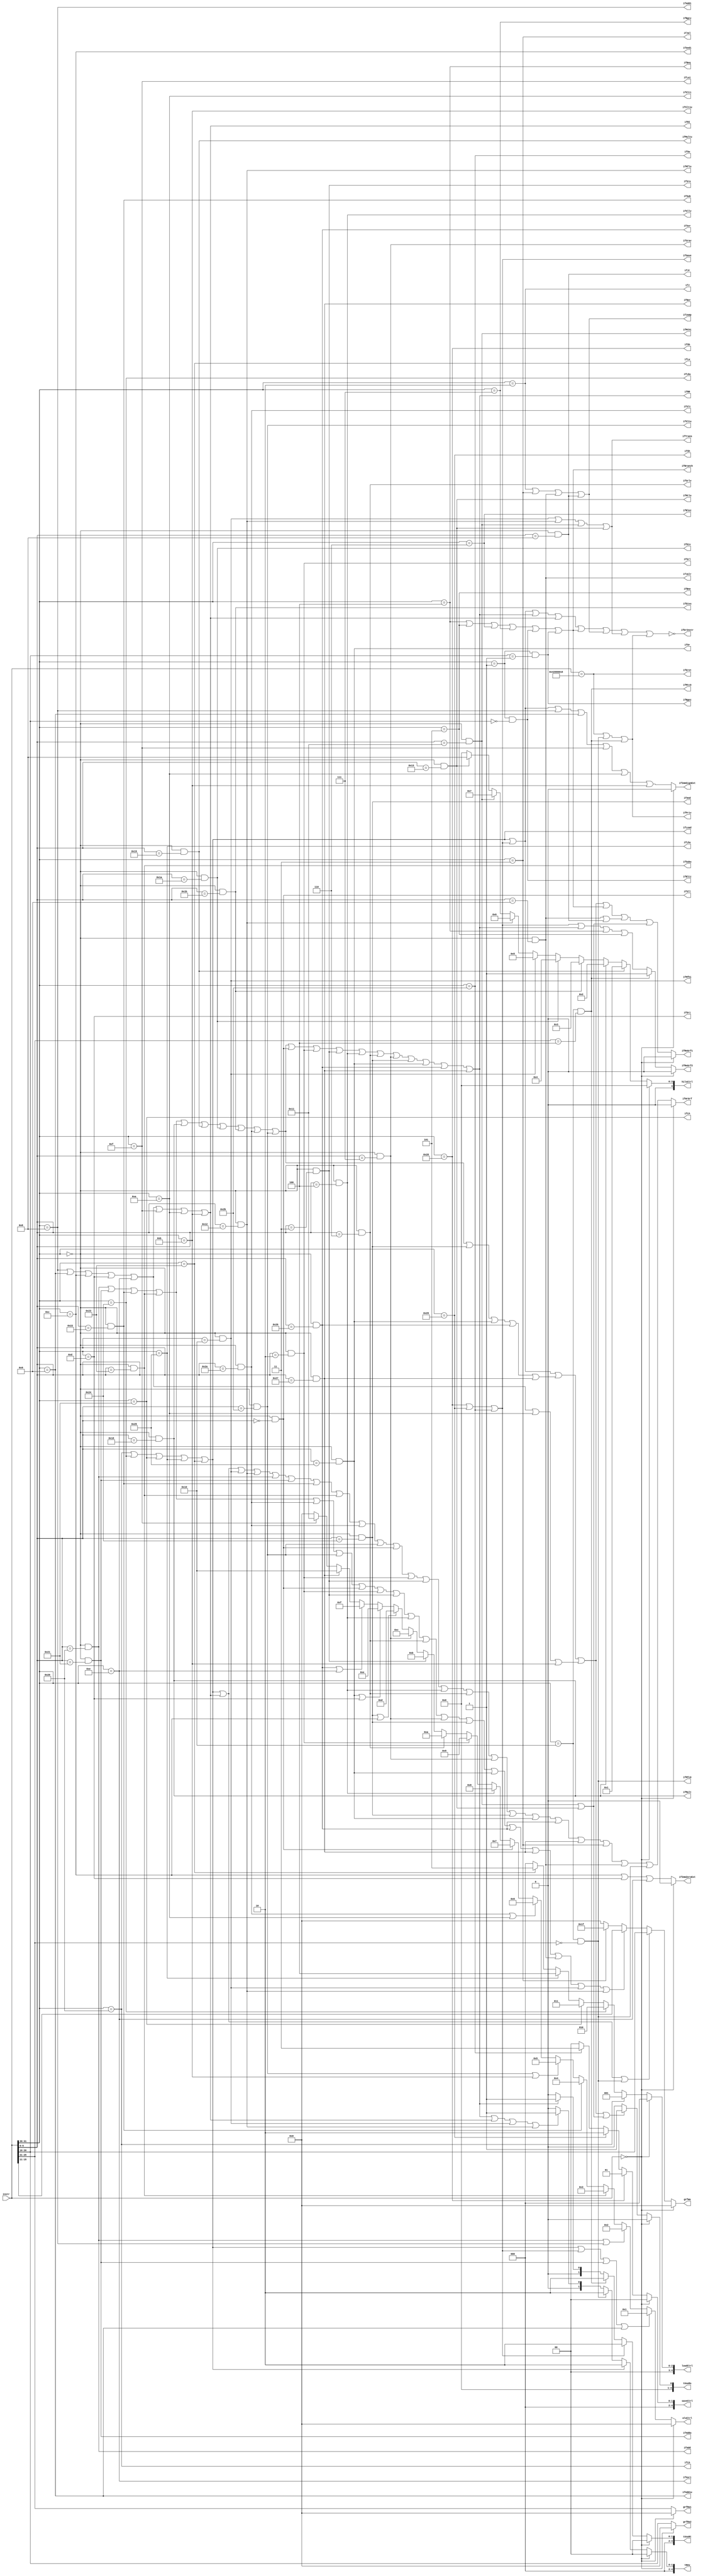
`timescale 1ns / 1ps
//////////////////////////////////////////////////////////////////////////////////
// Company: 
// Engineer: 
// 
// Design Name: 
// Module Name:    Controller 
// Project Name: 
// Target Devices: 
// Tool versions: 
// Description: 
//
// Dependencies: 
//
// Revision: 
// Revision 0.01 - File Created
// Additional Comments: 
//
//////////////////////////////////////////////////////////////////////////////////
module Controller(
	input [31:0]instr,
	
	//ctrl
	output [4:0]aluCtrl,
	output [4:0]hiloCtrl,
	output [4:0]loadCtrl,
	output [4:0]saveCtrl,
	//
	output ifErInstr,
	//output ifWrGrf,
	output ifImmZeroExt,		//for AluB & hiloB
	output ifImmSignExt,		//for AluB & hiloB
	//for grf
	output ifReGrf1,
	output ifReGrf2,
	output ifWrGrf,
	output [4:0]grfRa1,
	output [4:0]grfRa2,
	output [4:0]grfWa,
	output [4:0]tUseRs,
	output [4:0]tUseRt,
	output [4:0]tNew,			//assign once
	//classification
	output ifRR,
	output ifRI,
	output ifLoad,
	output ifSave,
	output ifBranch,
	output ifJump,
	output ifTrans,
	output ifPriv,
	//specific
	//load
	output ifLb,
	output ifLbu,
	output ifLh,
	output ifLhu,
	output ifLw,
	//save
	output ifSb,
	output ifSh,
	output ifSw,
	//RR
	output ifAdd,
	output ifAddu,
	output ifSub,
	output ifSubu,
	output ifMult,
	output ifMultu,
	output ifDiv,
	output ifDivu,
	output ifSlt,
	output ifSltu,
	output ifSll,
	output ifSrl,
	output ifSra,
	output ifSllv,
	output ifSrlv,
	output ifSrav,
	output ifAnd,
	output ifOr,
	output ifXor,
	output ifNor,
	//RI
	output ifAddi,
	output ifAddiu,
	output ifAndi,
	output ifOri,
	output ifXori,
	output ifLui,
	output ifSlti,
	output ifSltiu,
	//branch
	output ifBeq,
	output ifBne,
	output ifBlez,
	output ifBgtz,
	output ifBltz,
	output ifBgez,
	//jump
	output ifJ,
	output ifJal,
	output ifJalr,
	output ifJr,
	//trans
	output ifMfhi,
	output ifMflo,
	output ifMthi,
	output ifMtlo,
	//priv
	output ifEret,
	output ifMfc0,
	output ifMtc0
    );
	
	wire ifNop;
	wire [5:0]op;
	wire [5:0]low6;
	wire [4:0]rs;
	wire [4:0]rt;
	wire [4:0]rd;
	wire [15:0]imm;
	wire [25:0]jTo;
	assign op		= instr[31:26];
	assign low6		= instr[5:0];
	assign rs		= instr[25:21];
	assign rt		= instr[20:16];
	assign rd		= instr[15:11];
	assign imm		= instr[15:0];
	assign jTo		= instr[25:0];
	assign ifNop	= (instr == 0);
	
	assign ifErInstr	=	!(ifLoad | ifSave | ifRR | ifRI | ifBranch | ifJump | ifTrans | ifPriv);
	//for ctrl
	/*1.2.3.4.5.16.17.8.9.10.
	  11.12.13.14.15.16.17.*/
	assign aluCtrl = (ifNop)? 0:
						  (ifLoad || ifSave || ifAddu || ifAddiu)? 1:
						  (ifAdd || ifAddi)? 2:
						  (ifSubu)? 3:
						  (ifSub)? 4:
						  (ifSltu || ifSltiu)? 5: 
						  (ifSlt || ifSlti)? 6:
						  (ifSll)? 7:
						  (ifSllv)? 8:
						  (ifSrl)? 9:
						  (ifSrlv)? 10:
						  (ifSra)? 11:
						  (ifSrav)? 12:
						  (ifAnd || ifAndi)? 13:
						  (ifOr || ifOri)? 14:
						  (ifXor || ifXori)? 15:
						  (ifNor)? 16:
						  (ifLui)? 17:
						  0;
	//1.2.3.4.5.Hi6.Lo7.Hi8.Lo
	assign hiloCtrl = (ifNop)? 0:
							(ifMultu)? 1:
							(ifMult)? 2:
							(ifDivu)? 3:
							(ifDiv)? 4:
							(ifMfhi)? 5:
							(ifMflo)? 6:
							(ifMthi)? 7:
							(ifMtlo)? 8:
							0;
	
	assign loadCtrl = (ifNop)? 0:
							(ifLb)? 1:
							(ifLbu)? 2:
							(ifLh)? 3:
							(ifLhu)? 4:
							(ifLw)? 5:
							0;
							
	assign saveCtrl = (ifNop)? 0:
							(ifSb)? 1:
							(ifSh)? 2:
							(ifSw)? 3:
							0;
							
	//assign ifWrRt = (ifLoad | ifRI);
	assign ifImmZeroExt = (ifNop)? 0:
								 (ifAndi | ifOri | ifXori);	//for AluB & hiloB
	
	assign ifImmSignExt = (ifNop)? 0:
								 (ifLoad 
								 | ifSave 
								 | ifAddi | ifAddiu | ifLui | ifSlti | ifSltiu
								 );		//for AluB & hiloB, take care of lui
	//for grf
	assign ifReGrf1 = (ifNop)? 0:
							(
								(ifLoad) | 
								(ifSave) |
								(ifAdd | ifAddu | ifSub | ifSubu | ifMult | ifMultu | ifDiv | ifDivu | ifSlt | ifSltu | ifAnd | ifOr | ifXor | ifNor) |
								(ifAddi | ifAddiu | ifAndi | ifOri | ifXori | ifSlti | ifSltiu) | 
								(ifBranch) |
								(ifJalr | ifJr) | 
								(ifMthi | ifMtlo)
							);
							
	assign ifReGrf2 = (ifNop)? 0:
							(ifMtc0)? 1:
							((ifSave) | (ifRR) | (ifBeq) | (ifBne));	
	
	assign ifWrGrf = (ifNop)? 0:
						  (
							ifLoad  
							| ifRI 
							| ifMfhi | ifMflo 
							| ifAdd | ifAddu | ifSub | ifSubu | ifSlt | ifSltu | ifSll | ifSrl | ifSra | ifSllv | ifSrlv | ifSrav | ifAnd | ifOr | ifXor | ifNor
							| ifJal | ifJalr
							| ifMfc0
						  );
							
	assign grfRa1 = (ifNop)? 0:
						 instr[25:21];
						 
	assign grfRa2 = (ifNop)? 0:
						 instr[20:16];
						 
	assign grfWa = (ifNop)? 0:
						(ifLoad | ifRI | ifMfc0)? rt:
						(ifAdd | ifAddu | ifSub | ifSubu | ifSlt | ifSltu | ifSll | ifSrl | ifSra | ifSllv | ifSrlv | ifSrav | ifAnd | ifOr | ifXor | ifNor | ifJalr | ifMfhi | ifMflo)? rd:
						(ifJal)? 31:
						0;
						
	assign tUseRs = (ifNop)? 0:
						 (
						 (ifLoad | ifSave) | 
						 (ifAdd | ifAddu | ifSub | ifSubu | ifMult | ifMultu | ifDiv | ifDivu | ifSlt | ifSltu | ifAnd | ifOr | ifXor | ifNor) |
						 (ifAddi | ifAddiu | ifAndi | ifOri | ifXori | ifSlti | ifSltiu) | 
						 (ifMthi | ifMtlo)
						 )? 1:
						 0;
						 
	assign tUseRt = (ifNop)? 0:
						 (ifSave)? 2:	
						 (ifMtc0)? 2:
						 (ifRR)? 1:
						 0;	 
						 
	assign tNew = 	(ifNop)? 0:
						(ifLoad)? 2:
						(ifMfc0)? 2:
						(ifRR | ifRI | ifMfhi | ifMflo)? 1:
						0;
						
	//classification	
	assign ifLoad 		= 	(ifLb | ifLbu | ifLh | ifLhu | ifLw);
	assign ifSave 		= 	(ifSb | ifSh | ifSw);
	assign ifRR 		= 	(ifAdd | ifAddu | ifSub | ifSubu | ifMult | ifMultu | ifDiv | ifDivu | ifSlt | ifSltu | ifSll | ifSrl | ifSra | ifSllv | ifSrlv | ifSrav | ifAnd | ifOr | ifXor | ifNor);
	assign ifRI 		= 	(ifAddi | ifAddiu | ifAndi | ifOri | ifXori | ifLui | ifSlti | ifSltiu);
	assign ifBranch	= 	(ifBeq | ifBne | ifBlez | ifBgtz | ifBltz | ifBgez);
	assign ifJump 		= 	(ifJ | ifJal | ifJalr | ifJr);
	assign ifTrans 	= 	(ifMfhi | ifMflo | ifMthi | ifMtlo);
	assign ifPriv		=	(ifEret | ifMfc0 | ifMtc0);
	
	//specific
	//load
	assign ifLb 	=  (op == 6'b100000);
	assign ifLbu 	= 	(op == 6'b100100);
	assign ifLh 	= 	(op == 6'b100001);
	assign ifLhu 	= 	(op == 6'b100101);
	assign ifLw 	= 	(op == 6'b100011);
	//save
	assign ifSb 	= 	(op == 6'b101000);
	assign ifSh 	= 	(op == 6'b101001);
	assign ifSw 	= 	(op == 6'b101011);
	//RR
	assign ifAdd 	= 	(op == 6'b000000) && (low6 == 6'b100000);
	assign ifAddu 	= 	(op == 6'b000000) && (low6 == 6'b100001);
	assign ifSub 	= 	(op == 6'b000000) && (low6 == 6'b100010);
	assign ifSubu 	=	(op == 6'b000000) && (low6 == 6'b100011);
	assign ifMult 	= 	(op == 6'b000000) && (low6 == 6'b011000);
	assign ifMultu	= 	(op == 6'b000000) && (low6 == 6'b011001);
	assign ifDiv 	= 	(op == 6'b000000) && (low6 == 6'b011010);
	assign ifDivu 	= 	(op == 6'b000000) && (low6 == 6'b011011);
	assign ifSlt 	= 	(op == 6'b000000) && (low6 == 6'b101010);
	assign ifSltu 	= 	(op == 6'b000000) && (low6 == 6'b101011);
	assign ifSll 	= 	(op == 6'b000000) && (low6 == 6'b000000);
	assign ifSrl 	= 	(op == 6'b000000) && (low6 == 6'b000010);
	assign ifSra 	= 	(op == 6'b000000) && (low6 == 6'b000011);
	assign ifSllv 	= 	(op == 6'b000000) && (low6 == 6'b000100);
	assign ifSrlv 	= 	(op == 6'b000000) && (low6 == 6'b000110);
	assign ifSrav 	= 	(op == 6'b000000) && (low6 == 6'b000111);
	assign ifAnd 	= 	(op == 6'b000000) && (low6 == 6'b100100);
	assign ifOr 	= 	(op == 6'b000000) && (low6 == 6'b100101);
	assign ifXor 	= 	(op == 6'b000000) && (low6 == 6'b100110);
	assign ifNor 	= 	(op == 6'b000000) && (low6 == 6'b100111);
	//RI
	assign ifAddi 	=  (op == 6'b001000);
	assign ifAddiu =  (op == 6'b001001);
	assign ifAndi 	=  (op == 6'b001100);
	assign ifOri 	=  (op == 6'b001101);
	assign ifXori 	=  (op == 6'b001110);
	assign ifLui 	=  (op == 6'b001111);
	assign ifSlti 	=  (op == 6'b001010);
	assign ifSltiu =  (op == 6'b001011);
	//branch
	assign ifBeq 	=	(op == 6'b000100);
	assign ifBne 	=	(op == 6'b000101);
	assign ifBlez 	=	(op == 6'b000110);
	assign ifBgtz 	=	(op == 6'b000111);
	assign ifBltz 	=	(op == 6'b000001) && (rt == 5'b00000);
	assign ifBgez 	=	(op == 6'b000001) && (rt == 5'b00001);
	//jump
	assign ifJ 		=	(op == 6'b000010);
	assign ifJal 	= 	(op == 6'b000011);
	assign ifJalr 	=  (op == 6'b000000) && (low6 == 6'b001001);
	assign ifJr 	=	(op == 6'b000000) && (low6 == 6'b001000);
	//trans
	assign ifMfhi 	=	(op == 6'b000000) && (low6 == 6'b010000);
	assign ifMflo 	=	(op == 6'b000000) && (low6 == 6'b010010);
	assign ifMthi 	=	(op == 6'b000000) && (low6 == 6'b010001);
	assign ifMtlo 	=	(op == 6'b000000) && (low6 == 6'b010011);
	//priv
	assign ifEret	=	(instr == 32'h42000018);
	assign ifMfc0	=	(op == 6'b010000) && (rs == 5'b00000);
	assign ifMtc0	=	(op == 6'b010000) && (rs == 5'b00100);
	
endmodule